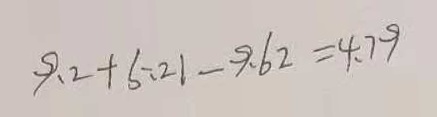
9 . 2 + 5 . 2 1 - 9 . 6 2 = 4 . 7 9